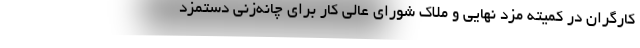
كارگران در كميته مزد نهايي و ملاك شوراي عالي كار براي چانه‌زني دستمزد